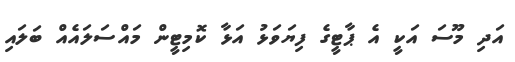
އަދި މޫސަ އަކީ އެ ޕާޓީގެ ފިޔަވަޅު އަޅާ ކޮމިޓީން މައްސަލައެއް ބަލައި